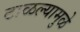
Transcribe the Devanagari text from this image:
टाळल्यामुळे